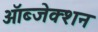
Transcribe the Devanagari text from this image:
ऑब्जेक्शन